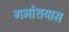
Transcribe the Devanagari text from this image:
गर्भाशयास